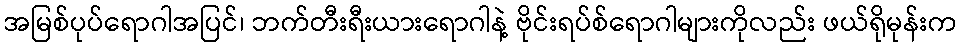
အမြစ်ပုပ်ရောဂါအပြင်၊ ဘက်တီးရီးယားရောဂါနဲ့ ဗိုင်းရပ်စ်ရောဂါများကိုလည်း ဖယ်ရိုမုန်းက